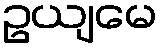
ဥယျမေ